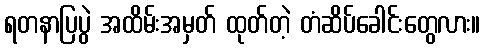
ရတနာပြပွဲ အထိမ်းအမှတ် ထုတ်တဲ့ တံဆိပ်ခေါင်းတွေလား။